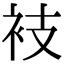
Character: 衼